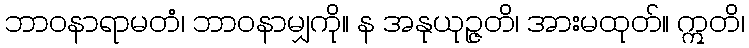
ဘာဝနာရာမတံ၊ ဘာဝနာမျှကို။ န အနုယုဉ္ဇတိ၊ အားမထုတ်။ ဣတိ၊